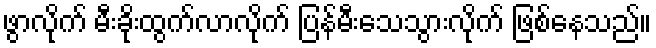
ဖွာလိုက် မီးခိုးထွက်လာလိုက် ပြန်မီးသေသွားလိုက် ဖြစ်နေသည်။